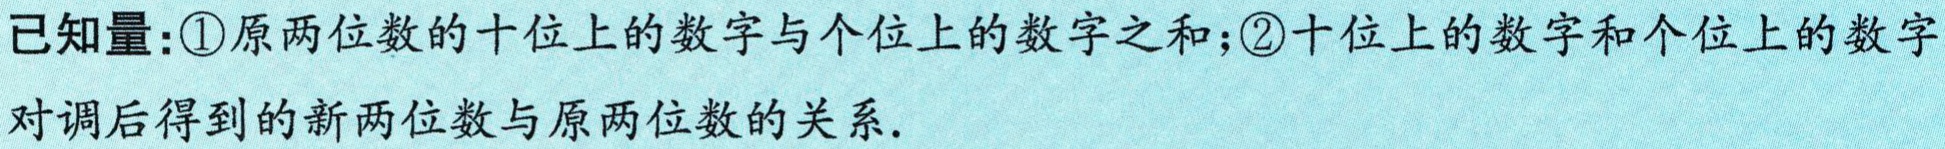
已知量：\textcircled{1}原两位数的十位上的数字与个位上的数字之和；\textcircled{2}十位上的数字和个位上的数字对调后得到的新两位数与原两位数的关系.